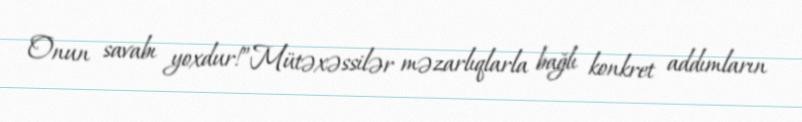
Onun savabı yoxdur!”Mütəxəssilər məzarlıqlarla bağlı konkret addımların